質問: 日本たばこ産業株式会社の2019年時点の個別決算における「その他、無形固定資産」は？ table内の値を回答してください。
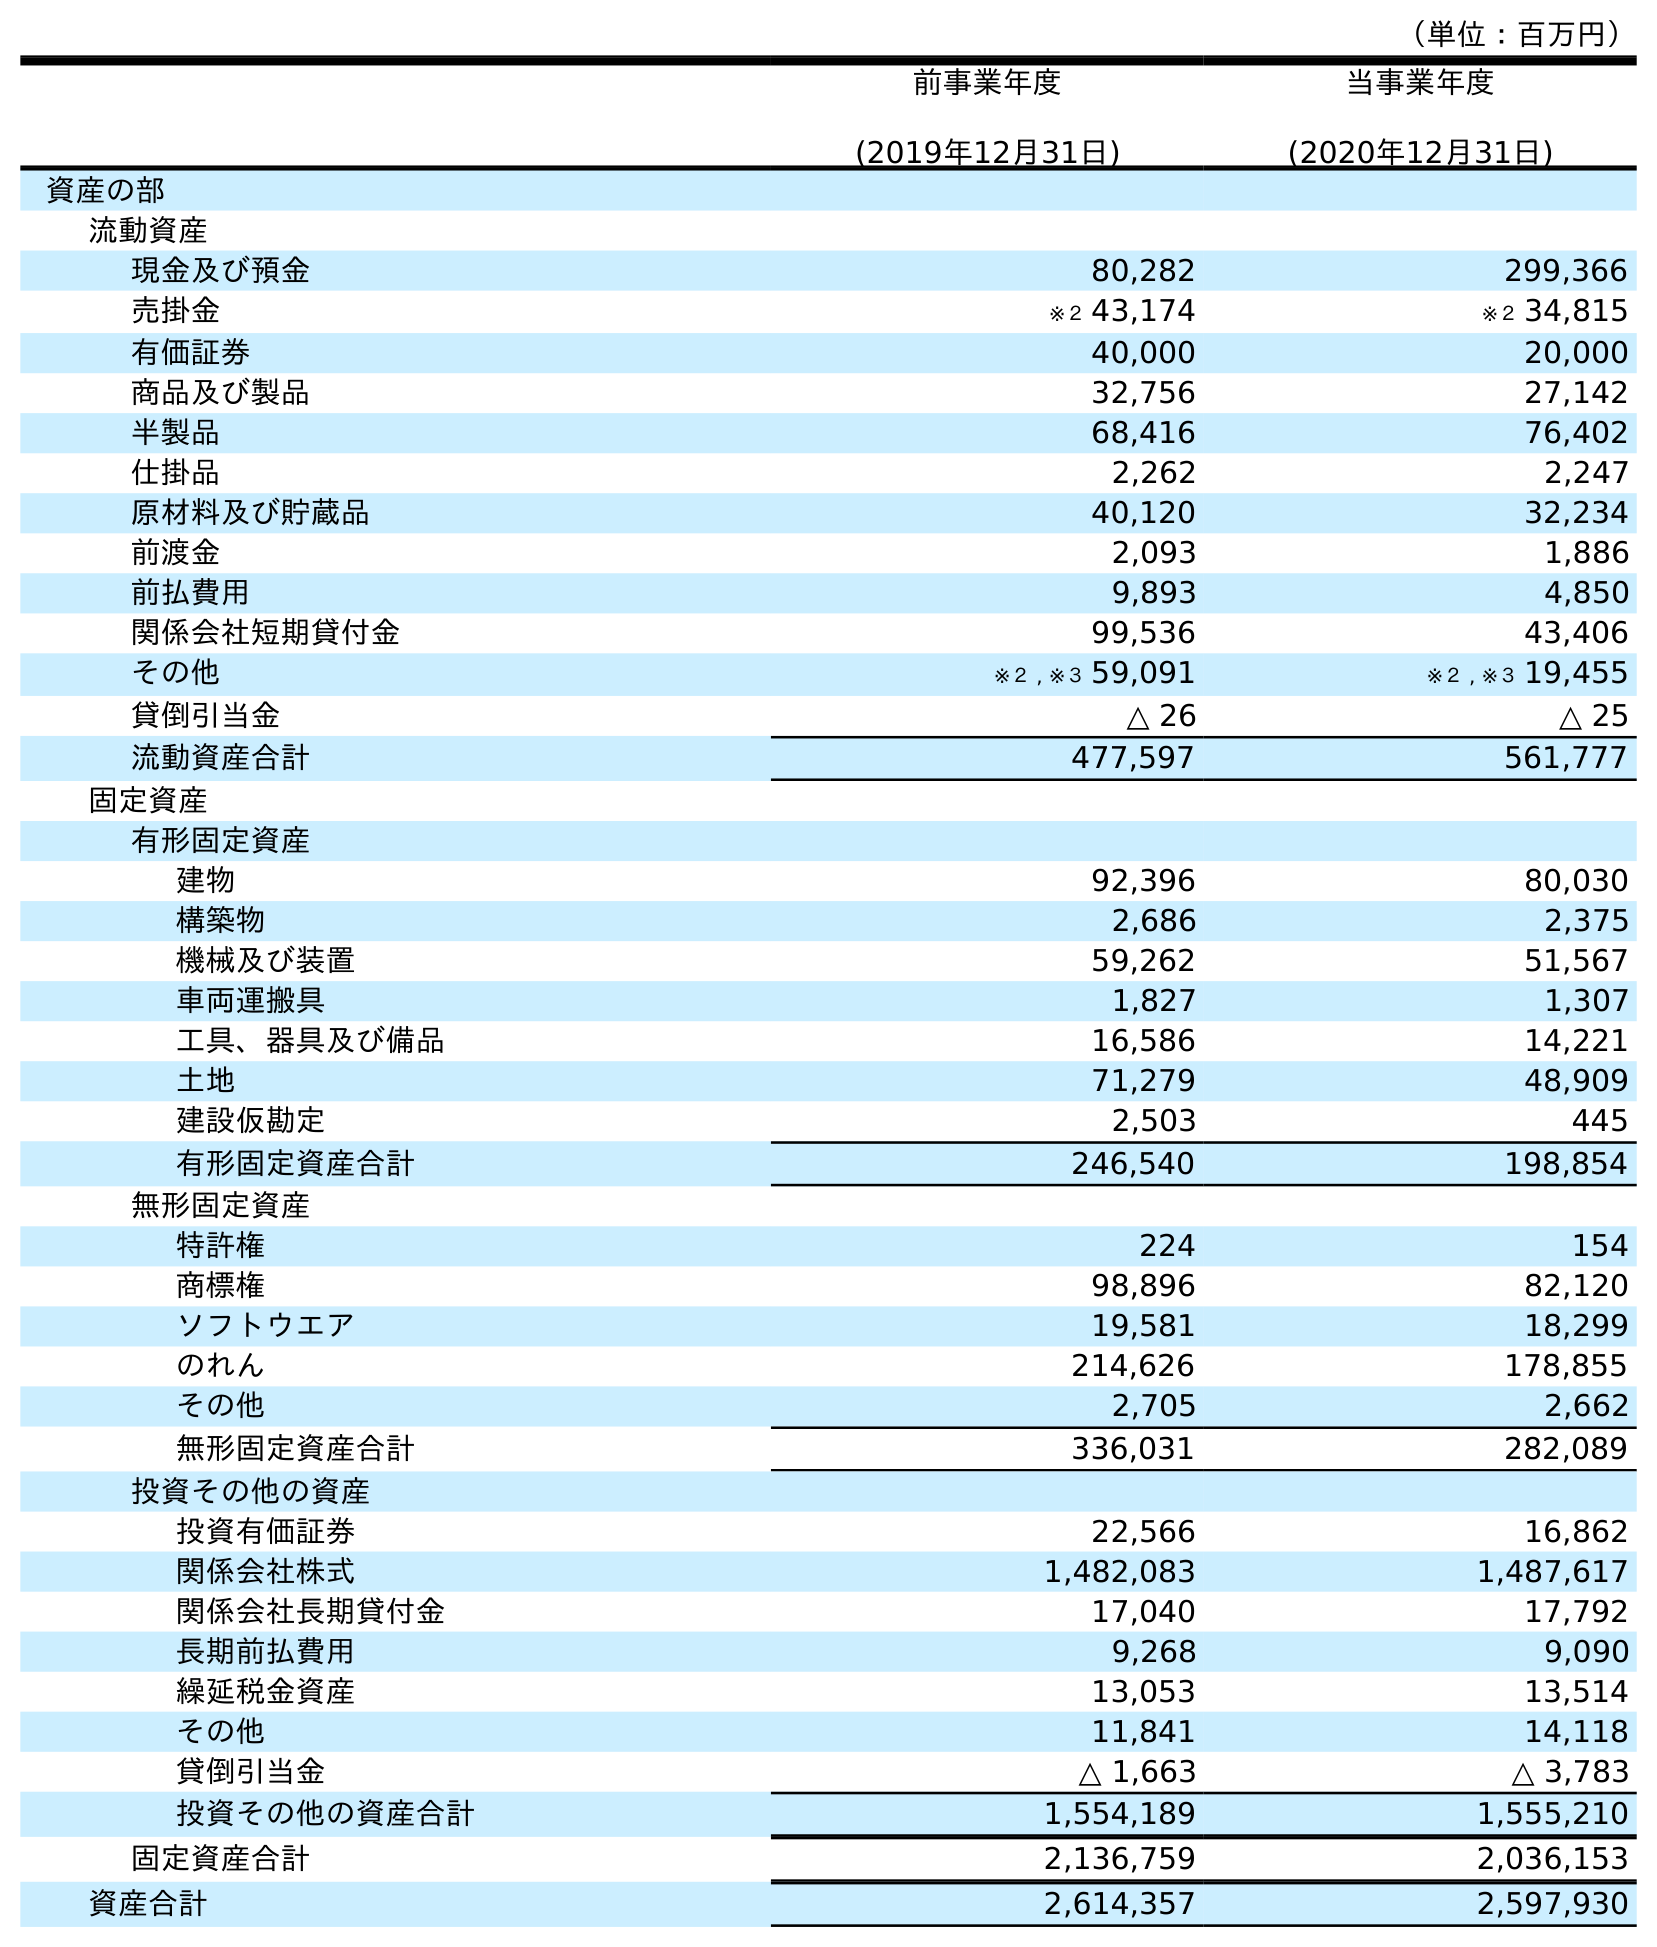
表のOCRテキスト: （単位：百万円） 前事業年度 (2019年12月31日) 当事業年度 (2020年12月31日) 資産の部 流動資産 現金及び預金 80,282 299,366 売掛金 ※２ 43,174 ※２ 34,815 有価証券 40,000 20,000 商品及び製品 32,756 27,142 半製品 68,416 76,402 仕掛品 2,262 2,247 原材料及び貯蔵品 40,120 32,234 前渡金 2,093 1,886 前払費用 9,893 4,850 関係会社短期貸付金 99,536 43,406 その他 ※２ , ※３ 59,091 ※２ , ※３ 19,455 貸倒引当金 △ 26 △ 25 流動資産合計 477,597 561,777 固定資産 有形固定資産 建物 92,396 80,030 構築物 2,686 2,375 機械及び装置 59,262 51,567 車両運搬具 1,827 1,307 工具、器具及び備品 16,586 14,221 土地 71,279 48,909 建設仮勘定 2,503 445 有形固定資産合計 246,540 198,854 無形固定資産 特許権 224 154 商標権 98,896 82,120 ソフトウエア 19,581 18,299 のれん 214,626 178,855 その他 2,705 2,662 無形固定資産合計 336,031 282,089 投資その他の資産 投資有価証券 22,566 16,862 関係会社株式 1,482,083 1,487,617 関係会社長期貸付金 17,040 17,792 長期前払費用 9,268 9,090 繰延税金資産 13,053 13,514 その他 11,841 14,118 貸倒引当金 △ 1,663 △ 3,783 投資その他の資産合計 1,554,189 1,555,210 固定資産合計 2,136,759 2,036,153 資産合計 2,614,357 2,597,930
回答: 2,705